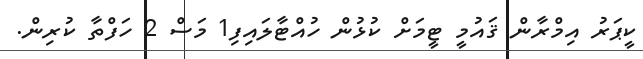
ކީޕަރު އިމްރާން ޤައުމީ ޓީމަށް ކުޅުން ހުއްޓާލައިފި1 މަސް 2 ހަފްތާ ކުރިން.